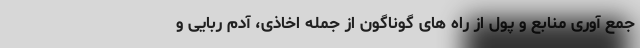
جمع آوری منابع و پول از راه های گوناگون از جمله اخاذی، آدم ربایی و